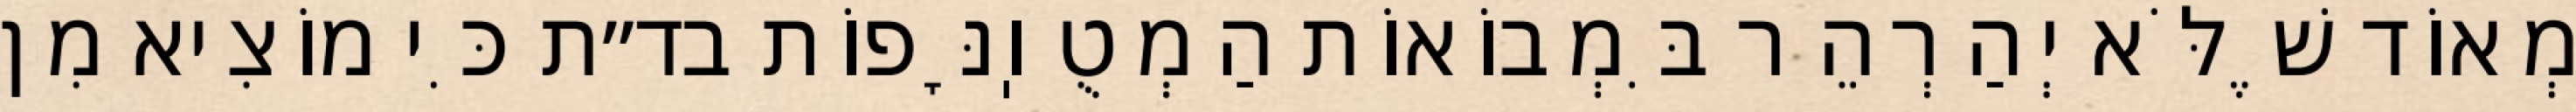
מְאוֹד שֶׁלֹּא יְהַרְהֵר בִּמְבוֹאוֹת הַמְטֻוֽנָּפוֹת בד״ת כִּי מוֹצִיא מִן